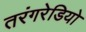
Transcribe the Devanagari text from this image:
तरंगरेडियो